Indian journal of veterinary science and animal husbandry - Volumes 28-29, 1958-1959
Year: 1958
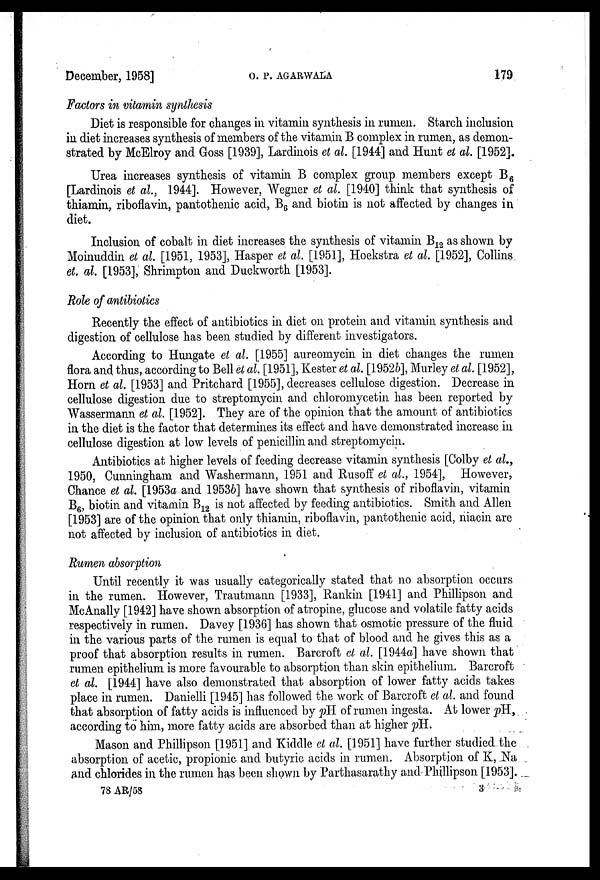
December, 1958]
O.
P.
AGARWALA
179
Factors in vitamin synthesis
Diet is responsible for changes in vitamin synthesis in rumen. Starch inclusion
in diet increases synthesis of members of the vitamin B complex in rumen, as demon-
strated by McElroy and Goss [1939], Lardinois et al. [1944] and Hunt et al. [1952].
Urea increases synthesis of vitamin B complex group members except B 6
[Lardinois et al., 1944]. However, Wegner et al. [1940] think that synthesis of
thiamin, riboflavin, pantothenic acid, B 6 and biotin is not affected by changes in
diet.
Inclusion of cobalt in diet increases the synthesis of vitamin B 12 as shown by
Moinuddin et al. [1951, 1953], Hasper et al. [1951], Hoekstra et al. [1952], Collins
et. al. [1953], Shrimpton and Duckworth [1953].
Role of antibiotics
Recently the effect of antibiotics in diet on protein and vitamin synthesis and
digestion of cellulose has been studied by different investigators.
According to Hungate et al. [1955] aureomycin in diet changes the rumen
flora and thus, according to Bell et al. [1951], Kester et al. [1952b], Murley et al. [1952],
Horn et al. [1953] and Pritchard [1955], decreases cellulose digestion. Decrease in
cellulose digestion due to streptomycin and Chloromycetin has been reported by
Wassermann et al. [1952]. They are of the opinion that the amount of antibiotics
in the diet is the factor that determines its effect and have demonstrated increase in
cellulose digestion at low levels of penicillin and streptomycin.
Antibiotics at higher levels of feeding decrease vitamin synthesis [Colby et al,
1950, Cunningham and Washermann, 1951 and Rusoff et al., 1954], However,
Chance et al. [1953a and 1953b] have shown that synthesis of riboflavin, vitamin
B 6 , biotin and vitamin B 12 is not affected by feeding antibiotics. Smith and Allen
[1953] are of the opinion that only thiamin, riboflavin, pantothenic acid, niacin are
not affected by inclusion of antibiotics in diet.
Rumen absorption
Until recently it was usually categorically stated that no absorption occurs
in the rumen. However, Trautmann [1933], Rankin [1941] and Phillipson and
McAnally [1942] have shown absorption of atropine, glucose and volatile fatty acids
respectively in rumen. Davey [1936] has shown that osmotic pressure of the fluid
in the various parts of the rumen is equal to that of blood and he gives this as a
proof that absorption results in rumen. Barcroft et al. [1944a] have shown that
rumen epithelium is more favourable to absorption than skin epithelium. Barcroft
et al [1944] have also demonstrated that absorption of lower fatty acids takes
place in rumen. Danielli [1945] has followed the work of Barcroft et al. and found
that absorption of fatty acids is influenced by pH of rumen ingesta. At lower pH,
according to him, more fatty acids are absorbed than at higher pH.
Mason and Phillipson [1951] and Kiddle et al. [1951] have further studied the
absorption of acetic, propionic and butyric acids in rumen. Absorption of K, Na
and chlorides in the rumen has been shown by Parthasarathy and Phillipson [1953].
78 AR/58
3